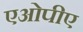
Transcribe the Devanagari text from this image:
एओपीए